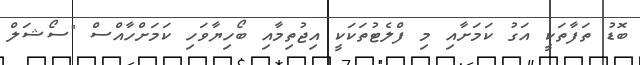
ބޮޑު ތަފާތަކީ އަގު ކަމަށާއި މި ފްލެޓުތަކަކީ އިޖުތިމާއި ބޯހިޔާވަހި ކަމަށްހާއްސް "ސޯޝަލް